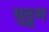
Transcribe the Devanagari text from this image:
मुट्टम